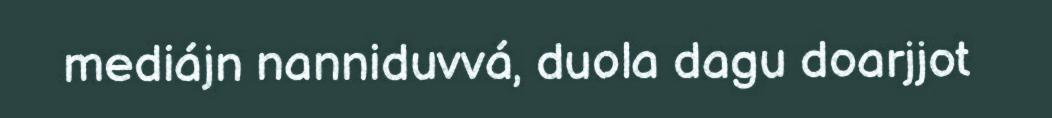
mediájn nanniduvvá, duola dagu doarjjot